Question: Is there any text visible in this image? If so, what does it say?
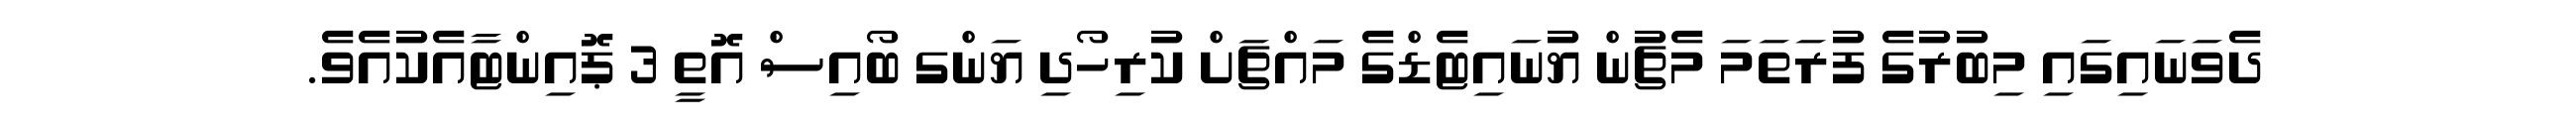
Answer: ދެވަނައިގައި މިބުރުގެ ފުރަތަމަ މެޗުން ޔުނައިޓެޑްގެ މައްޗަށް ކުރިހޯދި ޔަންގ ބޯއިސް އޮތީ 3 ޕޮއިންޓާއެކުއެވެ.